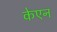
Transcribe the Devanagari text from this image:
केएन